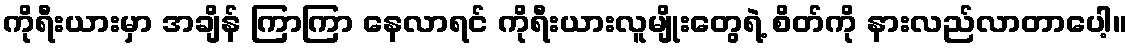
ကိုရီးယားမှာ အချိန် ကြာကြာ နေလာရင် ကိုရီးယားလူမျိုးတွေရဲ့ စိတ်ကို နားလည်လာတာပေါ့။